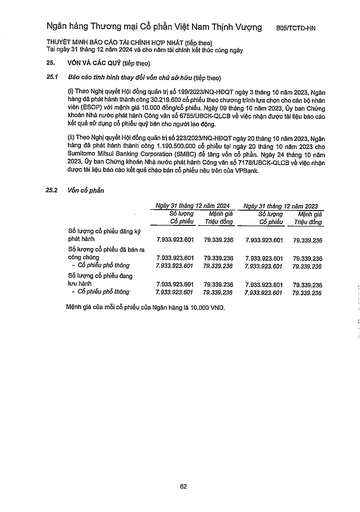
||Ngày 31 tháng|12 năm 2024|Ngày 31 tháng|12 năm 2023| |---|---|---|---|---| ||Số lượng Cổ phiếu|Mệnh giá Triệu đồng|Số lượng Cổ phiếu|Mệnh giá Triệu đồng| |Số lượng cổ phiếu đăng ký phát hành|7.933.923.601|79.339.236|7.933.923.601|79.339.236| |Số lượng cổ phiếu đã bán ra công chúng|7.933.923.601|79.339.236|7.933.923.601|79.339.236| |Cổ phiếu phổ thông|7.933.923.601|79.339.236|7.933.923.601|79.339.236| |Số tương ứng cổ phiếu đang lưu hành|7.933.923.601|79.339.236|7.933.923.601|79.339.236| |Cổ phiếu phổ thông|7.933.923.601|79.339.236|7.933.923.601|79.339.236|